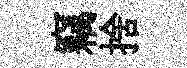
竊捨